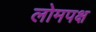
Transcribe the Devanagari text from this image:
लोमपक्ष